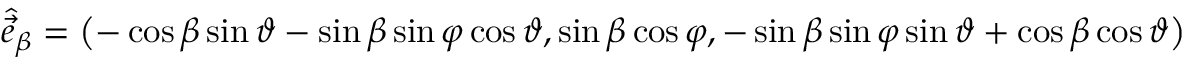
\hat { \vec { e } } _ { \beta } = \left( - \cos \beta \sin \vartheta - \sin \beta \sin \varphi \cos \vartheta , \sin \beta \cos \varphi , - \sin \beta \sin \varphi \sin \vartheta + \cos \beta \cos \vartheta \right)